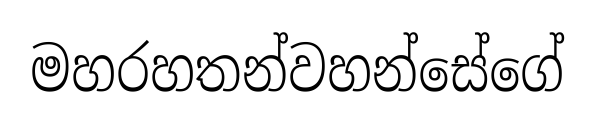
මහරහතන්වහන්සේගේ